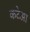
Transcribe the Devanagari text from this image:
कटेआ